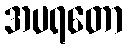
အပရတော